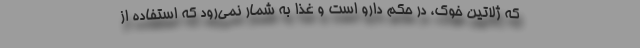
که ژلاتین خوک، در حکم دارو است و غذا به شمار نمی‌رود که استفاده از